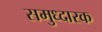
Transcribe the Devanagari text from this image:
समुध्दारक